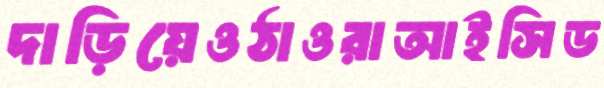
দাড়িয়েওঠাওরাআইসিড